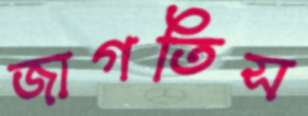
জাগতিস